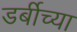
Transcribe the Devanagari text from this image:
डर्बीच्या